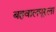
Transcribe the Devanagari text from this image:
बहवालपूरला